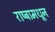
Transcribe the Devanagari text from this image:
राष्ट्रामधून